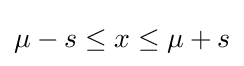
\mu -s\leq x\leq \mu +s